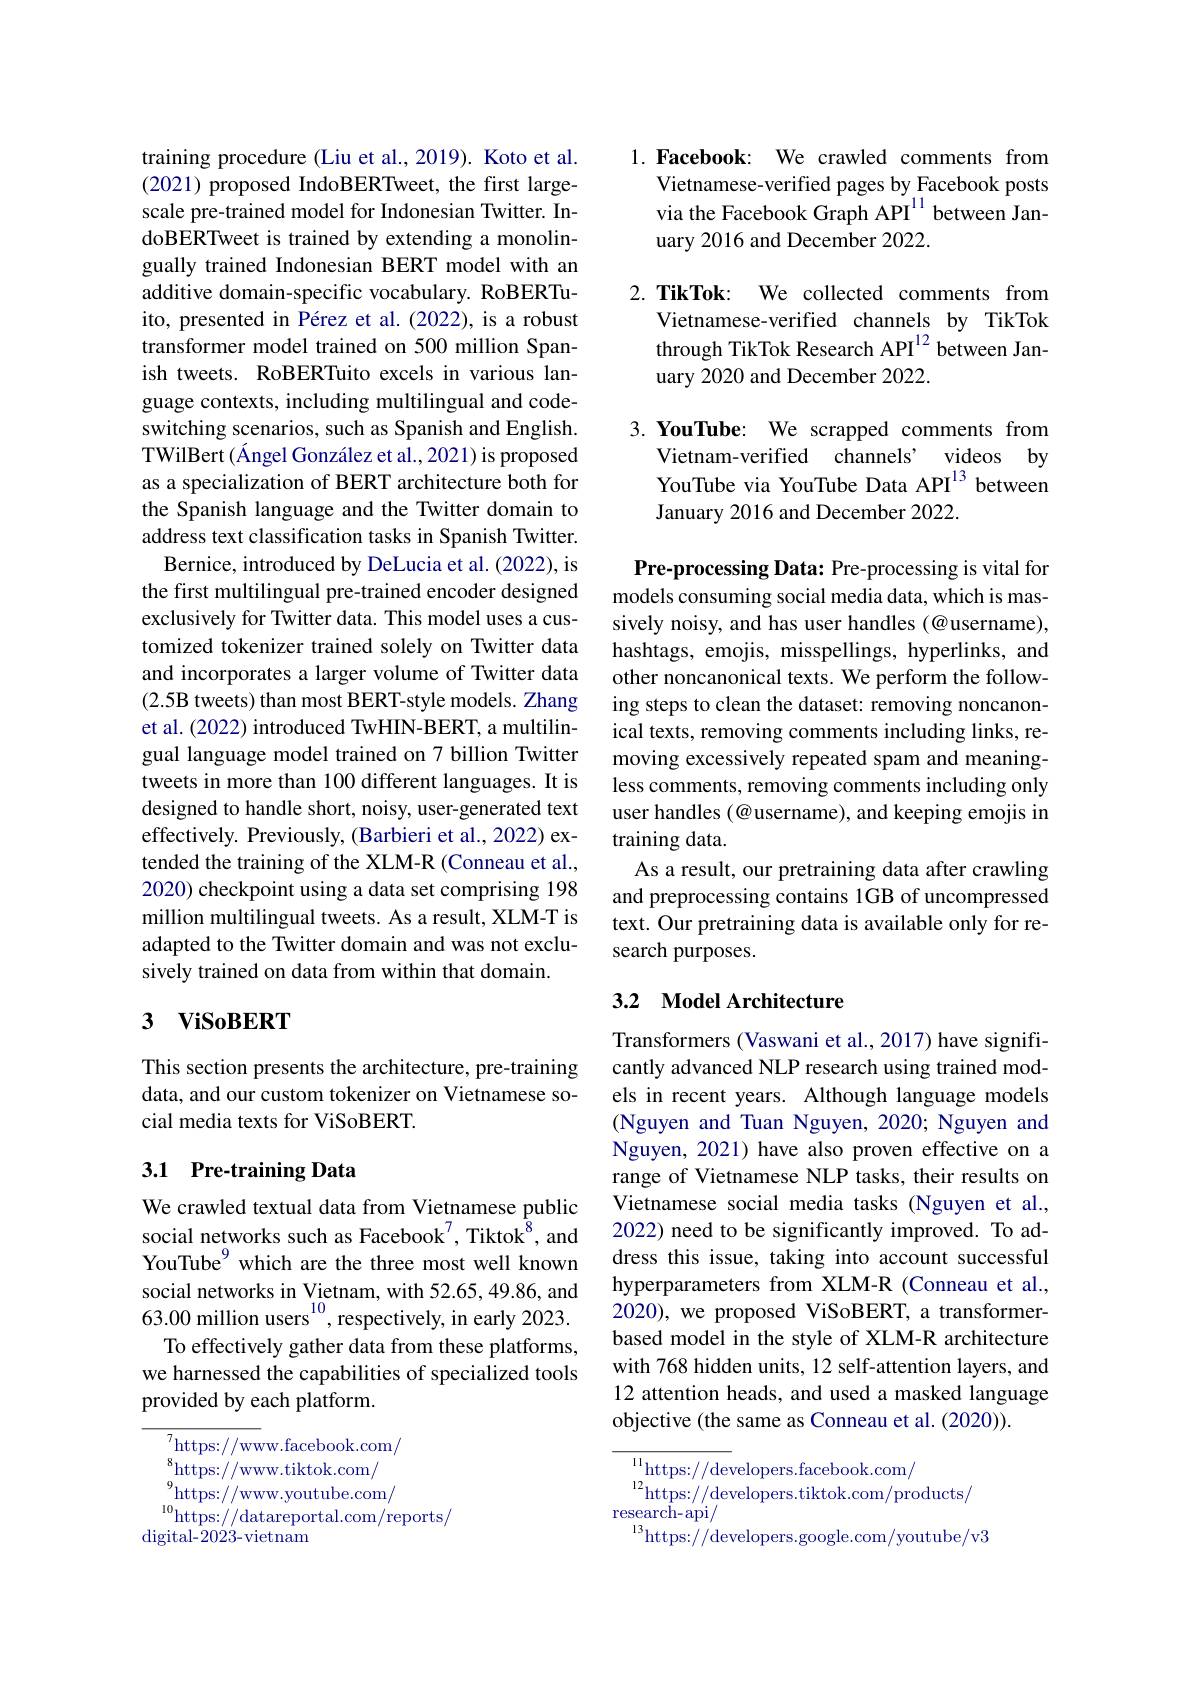
training procedure (Liu et al., 2019). Koto et al. (2021) proposed IndoBERTweet, the first largescale pre-trained model for Indonesian Twitter. IndoBERTweet is trained by extending a monolingually trained Indonesian BERT model with an additive domain-specific vocabulary. RoBERTuito, presented in Pérez et al.(2022), is a robust transformer model trained on 500 million Spanish tweets. RoBERTuito excels in various language contexts, including multilingual and codeswitching scenarios, such as Spanish and English. TWilBert (Ángel González et al., 2021) is proposed as a specialization of BERT architecture both for the Spanish language and the Twitter domain to address text classification tasks in Spanish Twitter.
Bernice, introduced by DeLucia et al. (2022), is the first multilingual pre-trained encoder designed exclusively for Twitter data. This model uses a customized tokenizer trained solely on Twitter data and incorporates a larger volume of Twitter data (2.5B tweets) than most BERT-style models. Zhang et al. (2022) introduced TwHIN-BERT, a multilingual language model trained on 7 billion Twitter tweets in more than 100 different languages. It is designed to handle short, noisy, user-generated text effectively. Previously, (Barbieri et al., 2022) extended the training of the XLM-R (Conneau et al., 2020) checkpoint using a data set comprising 198 million multilingual tweets. As a result, XLM-T is adapted to the Twitter domain and was not exclusively trained on data from within that domain.

# 3 $\mathbf{ViSoBERT}$

This section presents the architecture, pre-training data, and our custom tokenizer on Vietnamese social media texts for ViSoBERT.

## 3.1 Pre-training Data

We crawled textual data from Vietnamese public social networks such as Facebook$^{7}$, Tiktok$^{8}$, and YouTube$^{9}$ which are the three most well known social networks in Vietnam, with 52.65,49.86, and 63.00 million users$^{10}$, respectively, in early 2023.
To effectively gather data from these platforms, we harnessed the capabilities of specialized tools provided by each platform.

$^{7}$https://www.facebook.com/
$\underset{\mathrm{q}}{\operatorname*{\operatorname*{\operatorname*{\operatorname*{https:}}}}}//$www.tiktok.com/ $^{9}$https://www.youtube.com/ $^{10}$https://datareportal.com/reports/
$\operatorname{digital-2023-vietnam}$

1.Facebook: We crawled comments from
Vietnamese-verified pages by Facebook posts via the Facebook Graph API$^{11}$ between January 2016 and December 2022.

2. TikTok: We collected comments from
Vietnamese-verified channels by TikTok through TikTok Research API$^{12}$ between January 2020 and December 2022.

3.YouTube: We scrapped comments from
Vietnam-verified channels’ videos by YouTube via YouTube Data API$^{13}$ between January 2016 and December 2022.

Pre-processing Data: Pre-processing is vital for models consuming social media data, which is massively noisy, and has user handles (@username), hashtags, emojis, misspellings, hyperlinks, and other noncanonical texts. We perform the following steps to clean the dataset: removing noncanonical texts, removing comments including links, removing excessively repeated spam and meaningless comments, removing comments including only user handles (@ username), and keeping emojis in training data.
As a result, our pretraining data after crawling and preprocessing contains 1GB of uncompressed text. Our pretraining data is available only for research purposes.

## 3.2 Model Architecture

Transformers (Vaswani et al., 2017) have significantly advanced NLP research using trained models in recent years. Although language models (Nguyen and Tuan Nguyen, 2020; Nguyen and Nguyen, 2021) have also proven effective on a range of Vietnamese NLP tasks, their results on Vietnamese social media tasks (Nguyen et al., 2022) need to be significantly improved. To address this issue, taking into account successful hyperparameters from XLM-R (Conneau et al., 2020), we proposed ViSoBERT, a transformerbased model in the style of XLM-R architecture with 768 hidden units, 12 self-attention layers, and 12 attention heads, and used a masked language objective (the same as Conneau et al. (2020)).

$\overline{{^{11}\mathrm{https:}//\mathrm{dev}}}$elopers.facebook.com/
$\begin{aligned}\mathrm{mopo.//~ac~vciopcio.1uccoon.com/}\\\mathrm{research-api/}\end{aligned}$ $^{13}$https://developers.google.com/youtube/v3